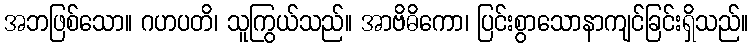
အဘဖြစ်သော။ ဂဟပတိ၊ သူကြွယ်သည်။ အာဗိဓိကော၊ ပြင်းစွာသောနာကျင်ခြင်းရှိသည်။